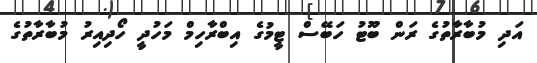
އަދި މުބާރާތުގެ ރަން ބޫޓު ހަބޭސް ޓީމުގެ އިބްރާހިމް މަހުދީ ހޯދިއިރު މުބާރާތުގެ